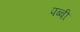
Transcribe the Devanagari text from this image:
पब्बी